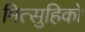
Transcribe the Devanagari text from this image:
मित्सुहिको